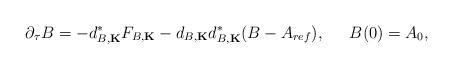
LaTeX: \begin{align*}\partial_\tau B = - d_{B, {\bf K}}^* F_{B, {\bf K}} - d_{B, {\bf K}} d_{B, {\bf K}}^*(B - A_{ref}), \indent B(0) = A_0,\end{align*}